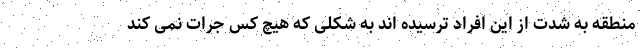
منطقه به شدت از این افراد ترسیده اند به شکلی که هیچ کس جرات نمی کند